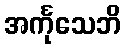
အင်္ကုသေဘိ